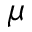
\mu